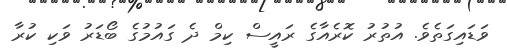
ވަޑައިގަތެވެ. އުތުރު ކޮރެއާގެ ރައީސް ކިމް ދެ ގައުމުގެ ބޯޑަރު ވަކި ކުރާ